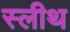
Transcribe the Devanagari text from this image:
स्लीथ